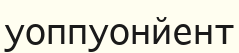
уоппуонйент